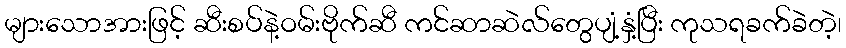
များသောအားဖြင့် ဆီးစပ်နဲ့ဝမ်းဗိုက်ဆီ ကင်ဆာဆဲလ်တွေပျံ့နှံ့ပြီး ကုသရခက်ခဲတဲ့၊